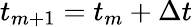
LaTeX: t_{m+1}=t_{m}+\Delta t